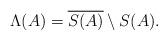
LaTeX: \begin{align*}\Lambda(A)=\overline{S(A)}\setminus S(A).\end{align*}